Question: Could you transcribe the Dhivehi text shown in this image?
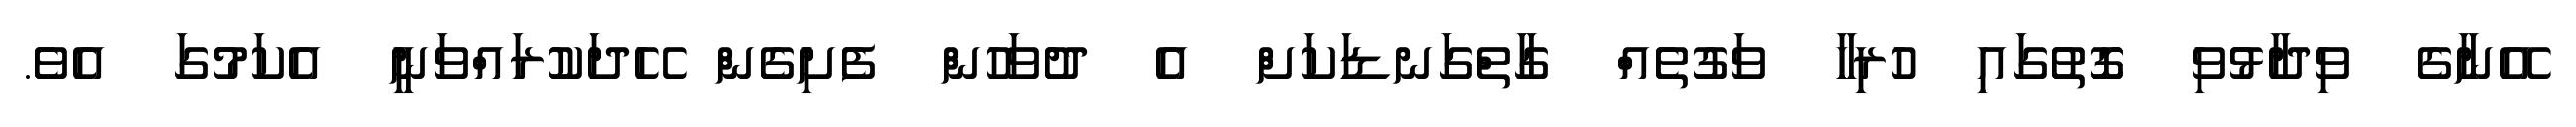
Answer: އޭނާގެ ވިދާޅުވި ގޮތުގައި ހުރިހާ ވަގުތެއް ގާތްގަނޑަކަށް އެ ދުވަހުން ފެށިގެން ހޭދަކުރައްވަނީ އެކަމުގަ އެވެ.